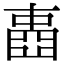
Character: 𡈋